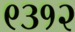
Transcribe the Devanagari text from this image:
९३१२